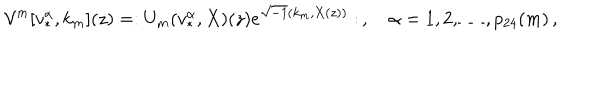
{ \cal V } ^ { m } [ v _ { * } ^ { \alpha } , k _ { m } ] ( z ) = : U _ { m } ( v _ { * } ^ { \alpha } , X ) ( z ) e ^ { \sqrt { - 1 } ( k _ { m } , X ( z ) ) } : \, , \quad \alpha = 1 , 2 , \ldots , p _ { 2 4 } ( m ) \, ,